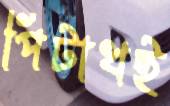
পিটাখই